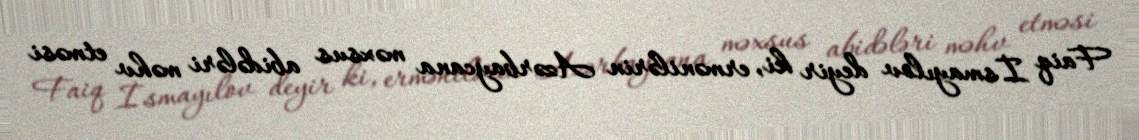
Faiq İsmayılov deyir ki, ermənilərin Azərbaycana məxsus abidələri məhv etməsi